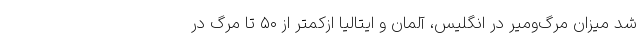
شد میزان مرگ‌ومیر در انگلیس، آلمان و ایتالیا ازکمتر از ۵۰ تا مرگ در